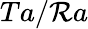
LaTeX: Ta/\mathcal{R}a